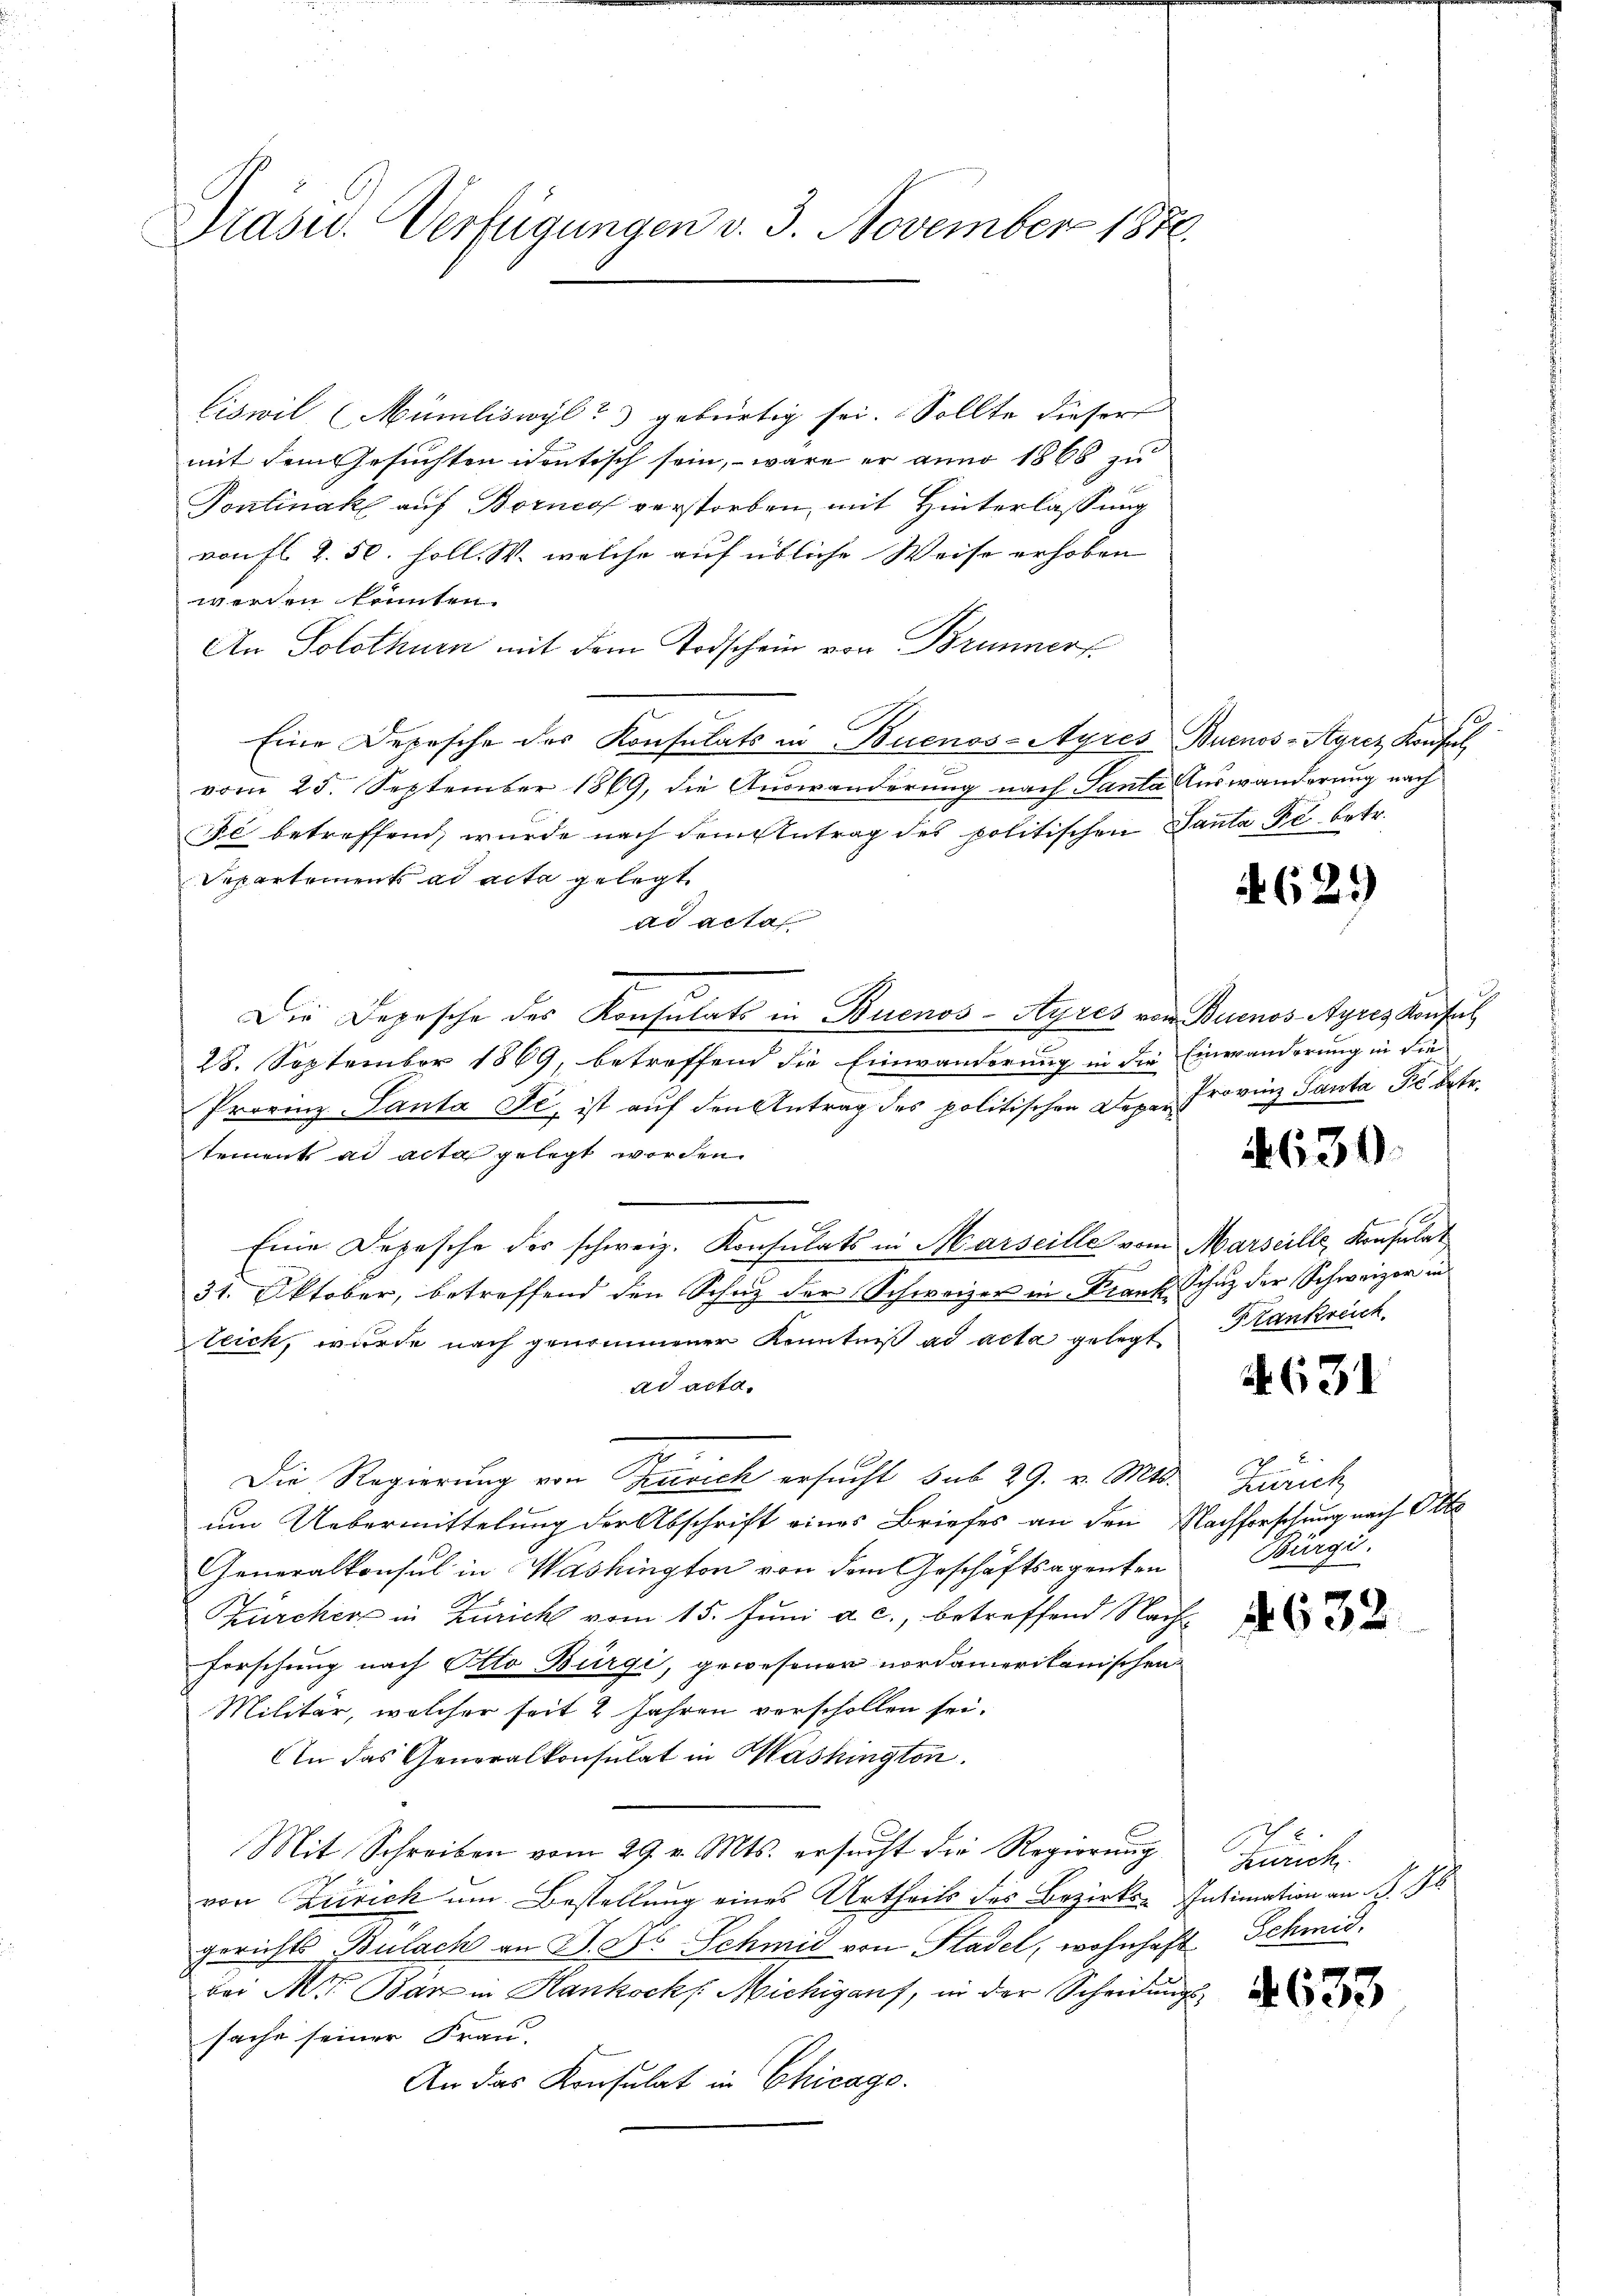
Präsid. Verfügungen v. 3. November 1870.

Ciswil Mümliswyl gebürtig sei. Sollte dieser
mit dem Gesuchten identisch sein, – wäre er anno 1866 zu
Pontinak auf Bornof verstorben, mit Hinterlassung
von fl. 2. 50. soll. W. welche auf übliche Weise erhoben
wen in erinten
An Solothurn mit dem Todschein von Brunner
Eine Depesche des Konsulats in Buenos-Ayres Buenos-Ayrez Konfel
2
vom 25. September 1869, die Auswanderung nach Santa Auswanderung nach
Fé betreffend, wurde nach dem Antrag des politischen Santa Fc betr.
Departement ad acta gelegt
ad acta
Die Depesche des Konsulats in Buenos-Ayres von Buenos Ayres Konsul
28. September 1869, betreffend die Einwanderung in die Einwänderung in die
Provinz Santa Fe, ist auf den Antrag des politischen Deper Provinz Santa Fr. betr.
tements ad acta gelegt worden.
Eine Depesche der schweiz. Konsulats in Marseille vom Marseille, Konsulat
31. Oktober, betreffend den Schutz der Schweizer in Frank, Schuz der Schweizer in
leich, wurde nach genommener Kenntniß ad acta gelegt
ad acta.
Die Regierung von Zürich ersucht sub 29. v. Mts.
um Uebermittelung der Abschrift eines Briefes an den Nachforschung nach Otte
Generalkonsul in Washington von dem Geschäftsagenten
Pürcher in Zürich vom 15. Juni a. c., betreffend Nach¬
Forschung nach Otto Bürgi, gewesener nordamerikanischen
Militär, welcher seit 2 Jahren verschollen sei.
An das Generalkonsulat in Mashington.
Mit Schreiben vom 29. v. Mts. ersucht die Regierung
2
von Zürich um Bestellung eines Urtheils des Bezirks- Intimation an S. 46
gerichts Bülach an D. Dr. Schmid von Stadel, wohnhaft Schmid.
bei Mit Bär in Hankock Michig auf, in der Scheidungssache seiner Frau.
An das Konsulat in Chicago

62

3)

630.

Frankreich

631

Zürich
Bürgi.

632

Früche

4633

1.